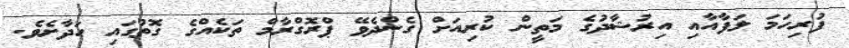
ފުރިހަމަ ލަފާއާއި އިރުޝާދުގެ މަތީން ކުރިއަށް ގެންދެވޭ ޕްރޮގްރާމް ތަކެއްގެ ގޮތުގައި ހަދާށެވެ.